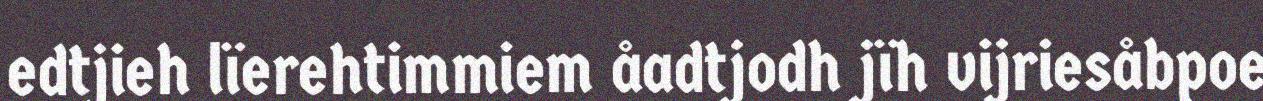
edtjieh lïerehtimmiem åadtjodh jïh vijriesåbpoe